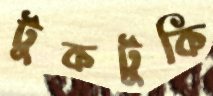
টুকটুকি